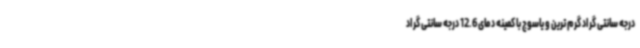
درجه سانتی گراد گرم ترین و یاسوج با کمینه دمای 12.6 درجه سانتی گراد